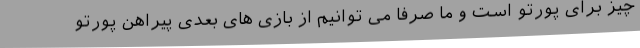
چیز برای پورتو است و ما صرفا می‌ توانیم از بازی‌ های بعدی پیراهن پورتو